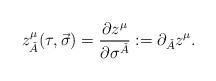
LaTeX: \begin{align*}z_{\check{A}}^{\mu }(\tau ,\vec{\sigma})={\frac{\partial z^{\mu }}{\partial\sigma ^{\check{A}}}}:=\partial _{\check{A}}z^{\mu }. \end{align*}